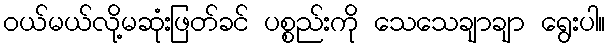
ဝယ်မယ်လို့မဆုံးဖြတ်ခင် ပစ္စည်းကို သေသေချာချာ ရွေးပါ။